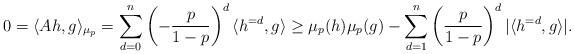
LaTeX: \begin{align*} 0 = \langle Ah, g \rangle_{\mu_p} = \sum_{d=0}^n \left( -\frac{p}{1-p} \right)^d \langle h^{=d}, g \rangle \geq \mu_{p}(h) \mu_{p}(g) - \sum_{d=1}^n \left( \frac{p}{1-p} \right)^d | \langle h^{=d}, g \rangle | . \end{align*}